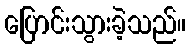
ပြောင်းသွားခဲ့သည်။